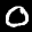
Label: 0